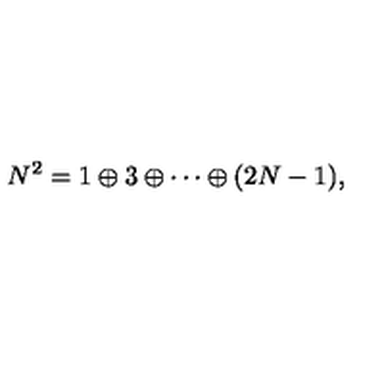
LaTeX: N ^ { 2 } = 1 \oplus 3 \oplus \cdots \oplus ( 2 N - 1 ) ,